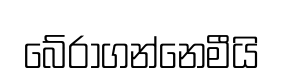
බේරාගන්නෙමීයි